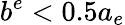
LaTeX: b^{e}<0.5a_{e}